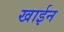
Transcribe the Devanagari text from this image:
खाईन